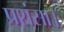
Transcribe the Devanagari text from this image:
प्रशंसा।